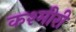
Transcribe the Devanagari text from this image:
कश्‍मीरी